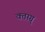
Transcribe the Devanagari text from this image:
क्तग़्ग्र्